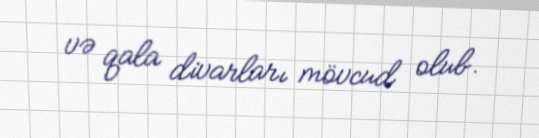
və qala divarları mövcud olub.